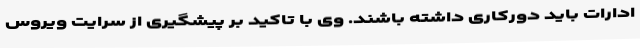
ادارات باید دورکاری داشته باشند. وی با تاکید بر پیشگیری از سرایت ویروس